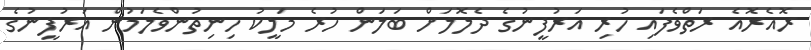
ރޮއެރޮއެ ރަތްވެފައި ހުރި އަރުފީނުގެ ދެލޮލަށް ބަލަން ހުރެ މަލީކު ހިނިތުންވެލަމުން އަރުފީނުގެ